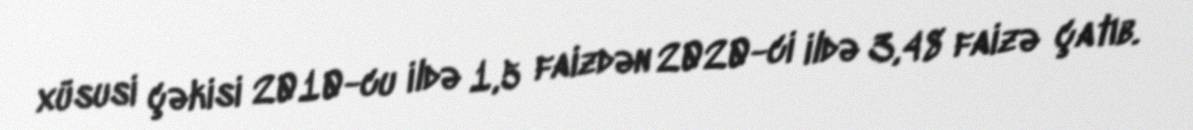
xüsusi çəkisi 2010-cu ildə 1,5 faizdən 2020-ci ildə 3,48 faizə çatıb.